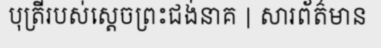
បុត្រីរបស់ស្តេចព្រះជង់នាគ | សារព័ត៌មាន